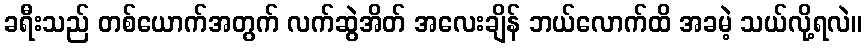
ခရီးသည် တစ်ယောက်အတွက် လက်ဆွဲအိတ် အလေးချိန် ဘယ်လောက်ထိ အခမဲ့ သယ်လို့ရလဲ။